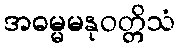
အဓမ္မမနုဝတ္တိသံ